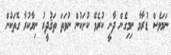
ނަމަވެސް ޑުރާމާ ނިމިގެން ދާނީ ކުރެވޭ ކުށަކުން ނުވަތަ ތަޤުދީރު ނިޔާކުރާ ގޮތަކުން